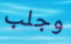
وجلب